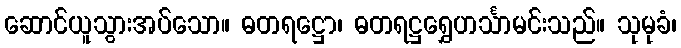
ဆောင်ယူသွားအပ်သော။ ဓတရဋ္ဌော၊ ဓတရဋ္ဌရွှေဟင်္သာမင်းသည်။ သုမုခံ၊